Report on plague and inoculation in the Punjab from October 1st ... to September 30th..., being the ... season of plague in the province
Disease focus: Plague
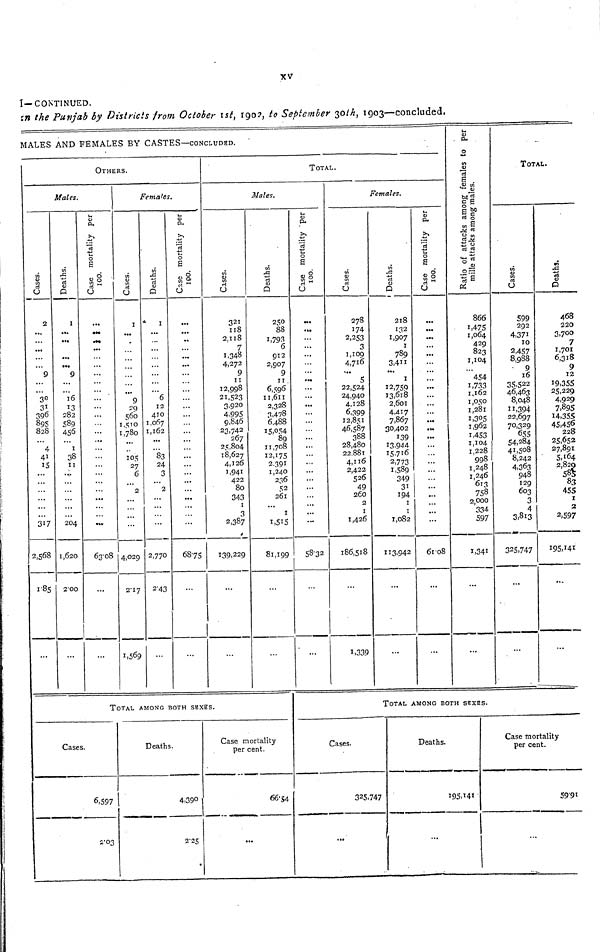
XV
I—CONTINUED.
in the Punjab by Districts from October 1st, 1902, to September 30th, 1903—concluded.
MALES AND FEMALES BY CASTES—CONCLUDED.
OTHERS.
Males.
Cases.
2
... ...
...
...
...
9
...
...
30
31
396
895
828
...
4
41
15
...
...
...
...
...
...
317
2,568
1.85
...
Deaths.
1
... ...
... •••
...
9
...
...
16
13
282
589
456
... 1
38
11
...
...
...
...
...
...
204
1,620
2.00
...
Ut
0)
CU
Case mortality per 100.
...
...
...
...
...
...
...
...
...
...
...
...
...
...
...
...
...
...
...
...
...
...
...
...
...
63.08
...
Females.
Cases.
1
...
...
...
...
...
...
...
...
9
29
560
1,510
1,780
...
...
105
27
6
...
2
...
...
...
...
4,029
2*17
1,569
Deaths.
1
...
...
...
...
...
...
...
...
6
12
410
1,067
1,162
...
...
83
24
3
...
2
...
...
...
...
2,770
2-43
...
<u
d<
Case mortality per 100.
...
...
...
...
...
...
...
...
...
...
...
...
...
...
...
...
...
...
...
...
...
...
...
...
...
68.75
...
TOTAL.
Males.
Cases.
321
118
2,118
7
1,348
4,272
9
11
12,998
21,523
3,920
4,995
9,846
23,742
267
25,804
18,627
4,126
1,941
422
80
343
1
3
2,387
139,229
...
Deaths.
250
88
1,793
6
912
2,907
9
11
6,596
11,611
2,328
3,478
6,488
15,054
89
11,708
12,175
2,391
1,240
236
52
261
...
1
1,515
81,199
...
TOTAL AMONG BOTH SEXES.
Cases.
6,597
2.03
Deaths.
4,390
2.25
Case mortality
per cent.
66.54
...
<u
eu
Case mortality per 100.
...
...
...
...
...
...
...
...
...
...
...
...
...
...
...
...
...
... ...
...
...
...
...
...
...
58.32
...
Females.
Cases.
278
174
2,253
3
1,109
4,716
...
5
22,524
24,940
4,128
6,399
12,851
46,587
388
28,480
22,881
4,116
2,422
526
49
260
2
1
1,426
186,518
1,339
Deaths.
218
132
1,907
1
789
3,411
...
1
12,759
13,618
2,601
4,417
7,867
30,402
139
13,944
15,716
2,773
1,589
349
31
194
1
1
1,082
113.942
...
...
»-i
Pu
Case mortality per 100.
...
...
...
...
...
...
...
...
...
...
...
...
...
....
...
...
...
...
...
...
...
...
...
...
...
61 08
...
...
Ratio of attacks among females to per mile atta
866
1,475
1,064
429
823
1,104
...
454
1,733
1,162
1,050
1,281
1,305
1,962
1,453
1,104
1,228
998
1,248
1,246
613
758
2,000
334
597
1,341
...
...
TOTAL.
Cases.
599
292
4,371
10
2,457
8,988
9
16
35,522
46,463
8,048
11,394
22,697
70,329
655
54,284
41,508
8,242
4,363
948
129
603
3
4
3,813
325,747
...
...
Deaths.
468
220
3,700
7
1,701
6,318
9
12 19,355
25,229
4,929
7,895
14,355
45,456
228
25,652
27,891
5,164
2,829
585
83
455
1
2
2,597
195,141
...
...
TOTAL AMONG BOTH SHXES.
Cases.
325,747
...
Deaths.
195,141
...
Case mortality
per cent.
59.91
...